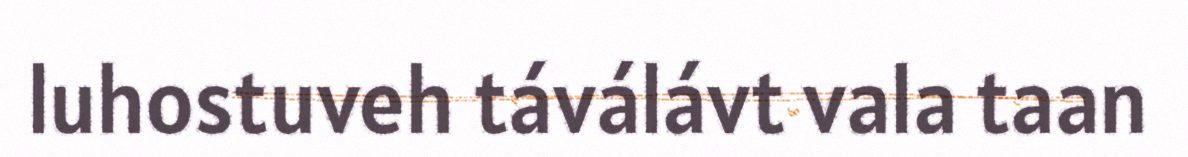
luhostuveh táválávt vala taan